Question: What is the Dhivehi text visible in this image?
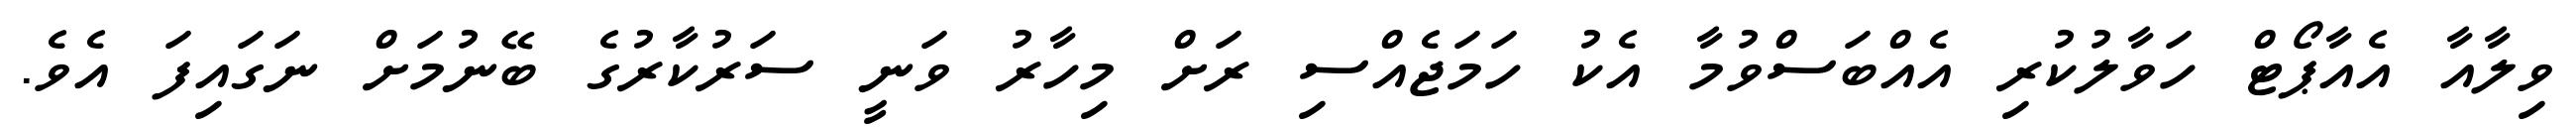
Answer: ވިލާއާ އެއާޕޯޓް ހަވާލުކުރި އެއްބަސްވުމާ އެކު ހަމަޖެއްސި ރަށް މިހާރު ވަނީ ސަރުކާރުގެ ބޭނުމަށް ނަގައިފަ އެވެ.